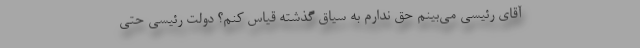
آقای رئیسی می‌بینم حق ندارم به سیاق گذشته قیاس کنم؟ دولت رئیسی حتی